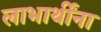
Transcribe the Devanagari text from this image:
लाभार्थींना